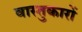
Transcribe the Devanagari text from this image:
वास्‍तुकारों